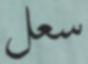
سعل